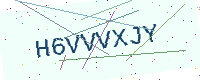
Text: H6VVVXJY